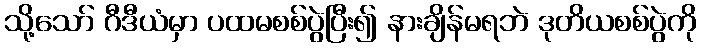
သို့သော် ဂီဒီယံမှာ ပထမစစ်ပွဲပြီး၍ နားချိန်မရဘဲ ဒုတိယစစ်ပွဲကို